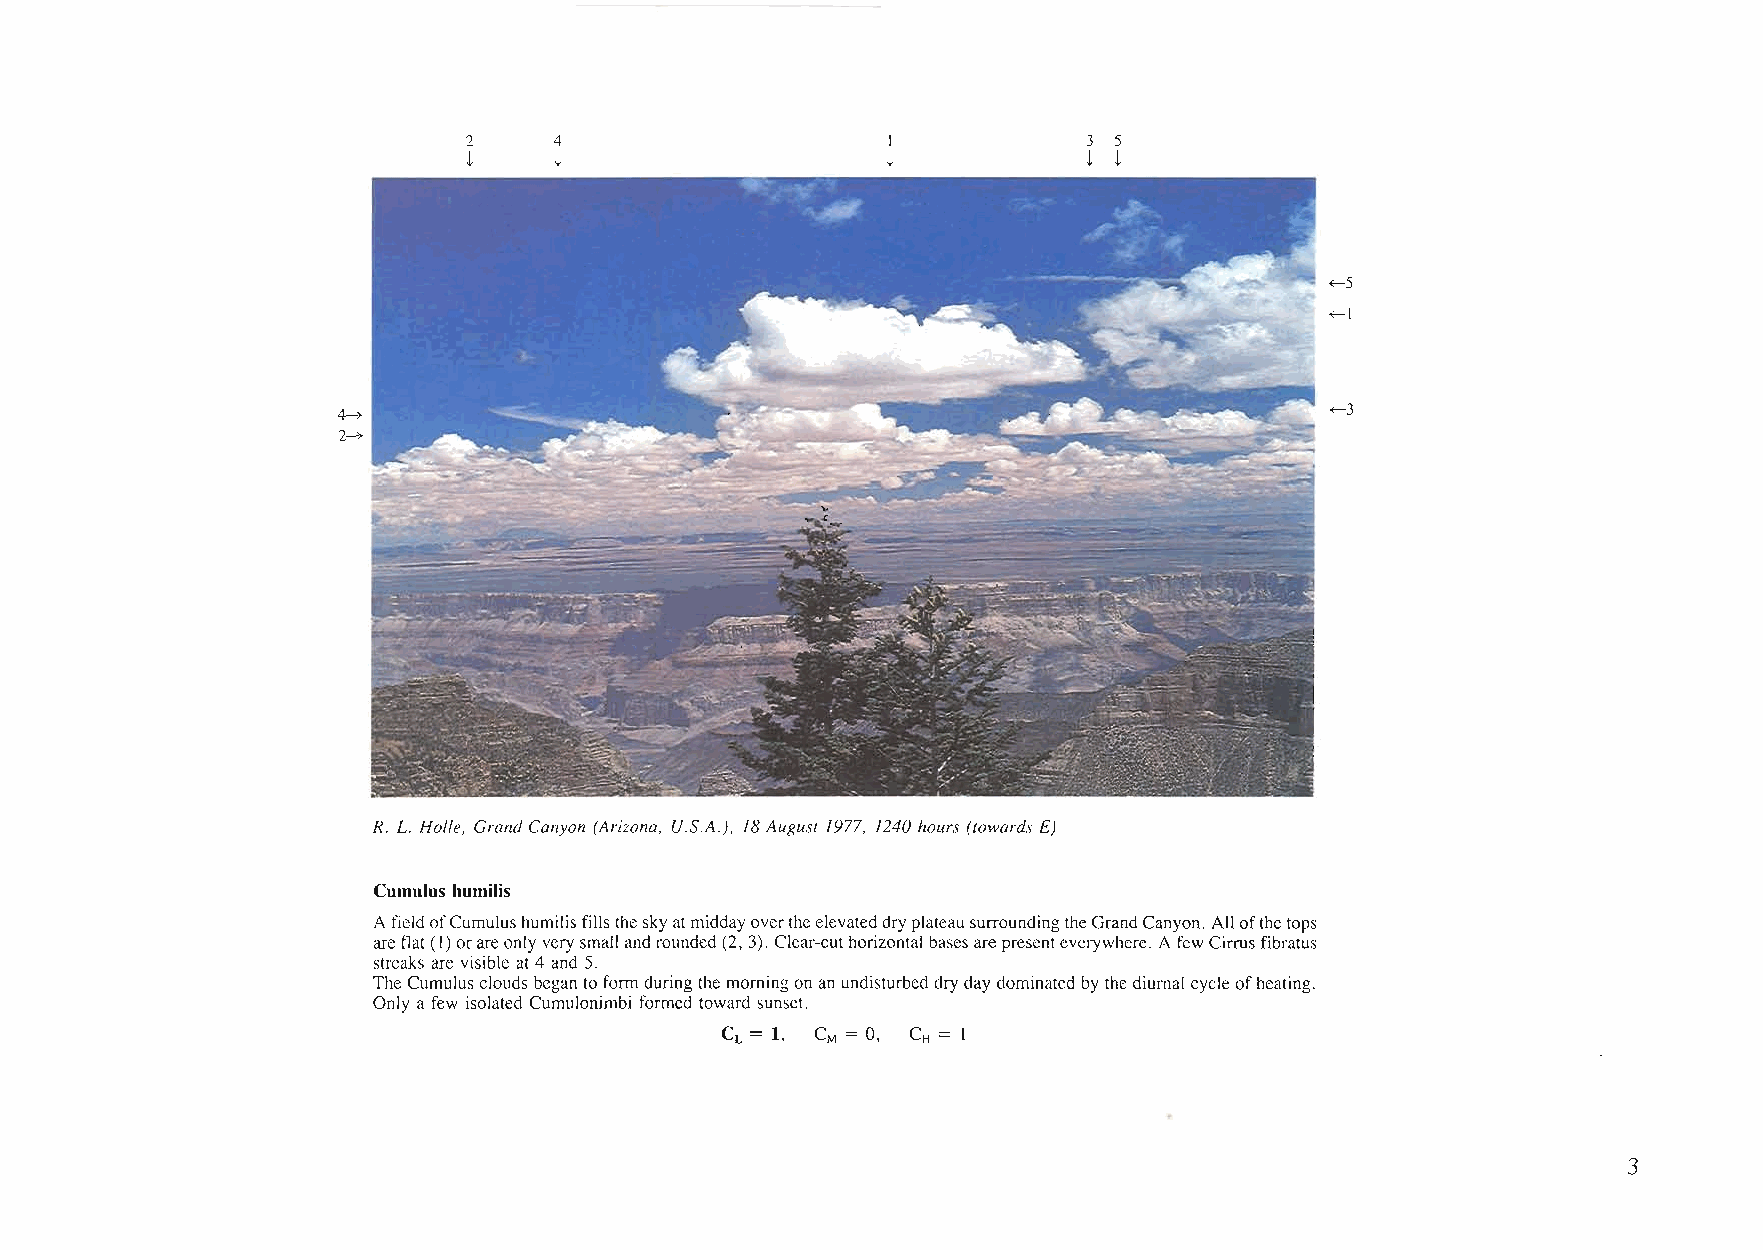
2     4                     I            3 5
 ~     ~                     ~            ~ ~
 +-5
 +-1
 +-3
 4---+
 2---+
 R. L. Holle, GrandCanyon (Arizona, U.s.A.), 18August 1977, 1240 hours (towards E)
 Cumulus humilis
 AfieldofCumulushumilisfillstheskyatmiddayovertheelevateddryplateausurroundingtheGrandCanyon. Allofthetops
 areflat (I)orareonly verysmallandrounded(2, 3). Clear-cuthorizontal basesarepresenteverywhere. Afew Cirrusfibratus
 streaks are visible at 4 and 5.
 TheCumulusclouds began toform duringthe morningonan undisturbeddry day dominated by thediurnal cycleofheating.
 Only a few isolated Cumulonimbi formed toward sunset.
 CL = 1, CM = 0, CH = I
 3